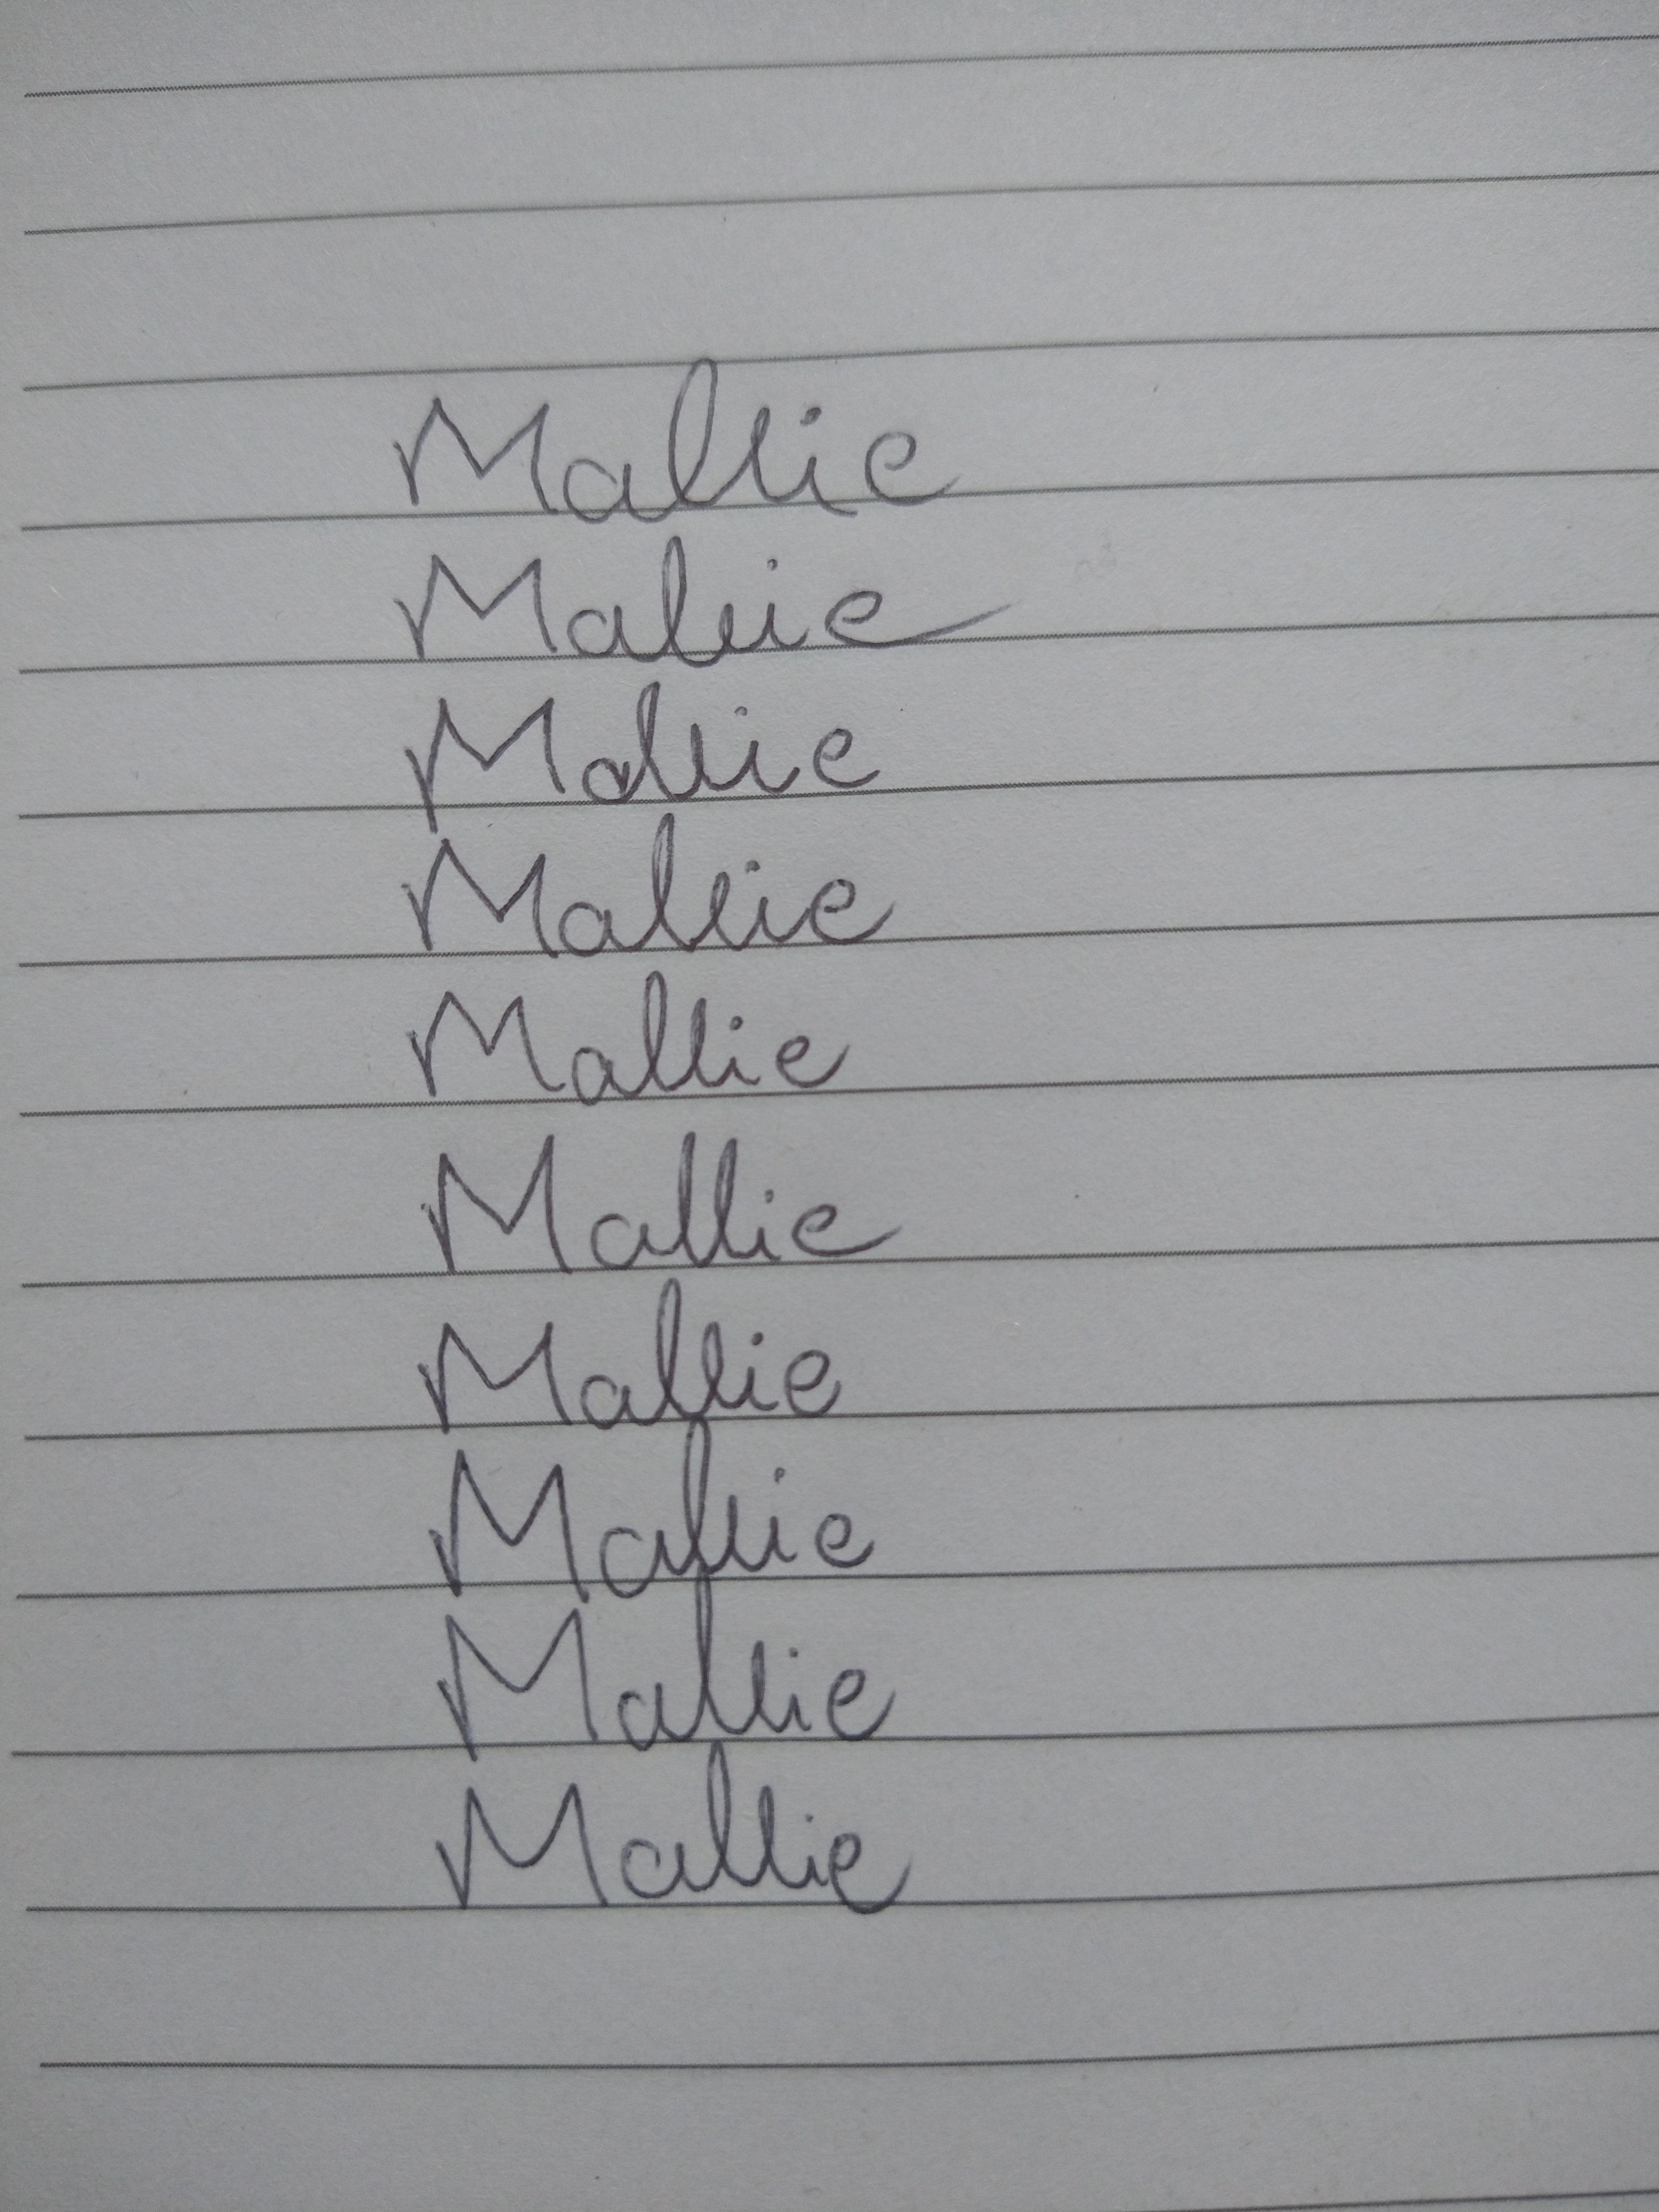
Signature authenticity: forged